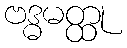
ဗဒ္ဓမတ္ထု